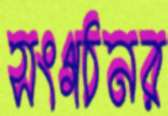
সংগঠনর